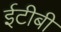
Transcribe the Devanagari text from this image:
ईटीबी